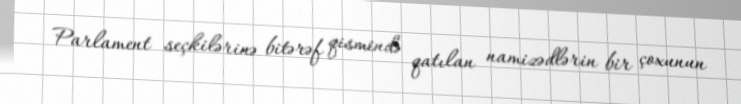
Parlament seçkilərinə bitərəf qismində qatılan namizədlərin bir çoxunun